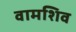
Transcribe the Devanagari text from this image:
वामशिव